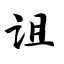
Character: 诅